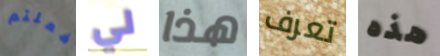
فعلتم لي هذا تعرف هذه